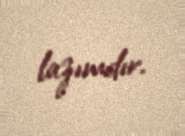
lazımdır.